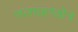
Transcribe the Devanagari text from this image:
जलग्रहणक्षेत्र